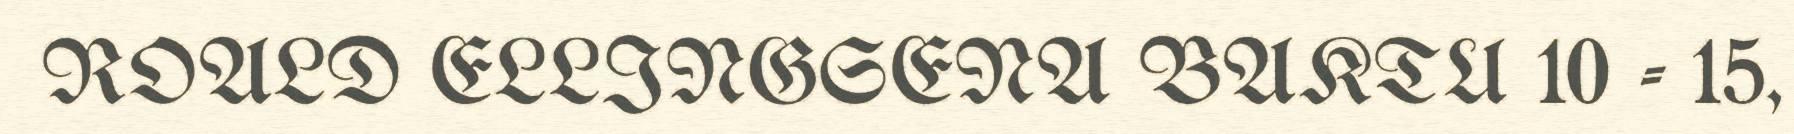
ROALD ELLINGSENA BAKTU 10 - 15,